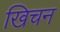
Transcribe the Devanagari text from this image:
खिचन